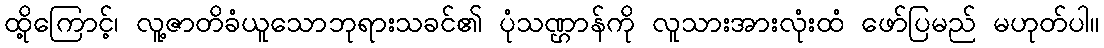
ထို့ကြောင့်၊ လူ့ဇာတိခံယူသောဘုရားသခင်၏ ပုံသဏ္ဌာန်ကို လူသားအားလုံးထံ ဖော်ပြမည် မဟုတ်ပါ။